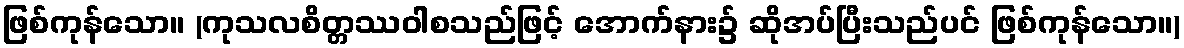
ဖြစ်ကုန်သော။ (ကုသလစိတ္တဿဝါစသည်ဖြင့် အောက်နား၌ ဆိုအပ်ပြီးသည်ပင် ဖြစ်ကုန်သော။)